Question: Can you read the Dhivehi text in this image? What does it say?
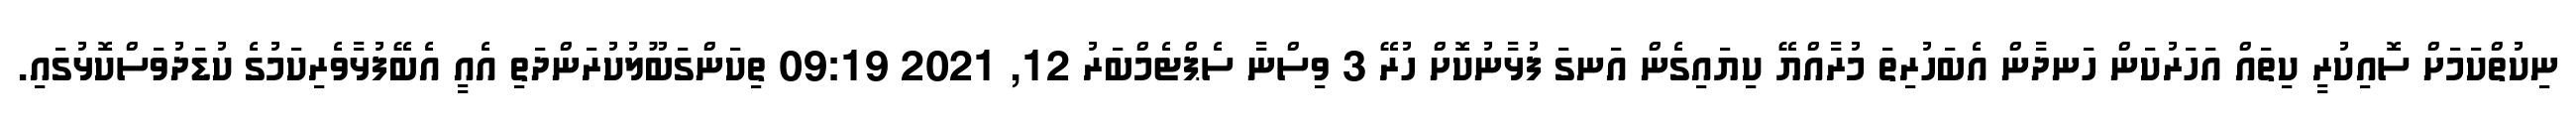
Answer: ނިކުތްކަމަށް ސޮއިކުރީ ކިތައް އަހަރުކަން ހަނދާން އެބަހުރިތަ މުރާއްޔޭ ކިޔައިގެން އަނގަ ފުޅާނުކޮށް ހުރޭ 3 ވިސްނާ ސެޕްޓެމްބަރު 12, 2021 09:19 ތިކަންގަބޫލުކުރަންދަތި އެއީ އެބޭފުޅާވެރިކަމުގެ ކުޑަދުވަސްކޮޅުގައި.